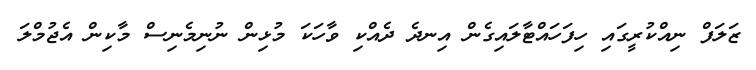
ޒަލަފް ނިއްކުރީގައި ހިފަހައްޓާލައިގެން އިނދެ ދެއްކި ވާހަކަ މުޅިން ނުނިމެނިސް މާކިން އެޖުމްލަ